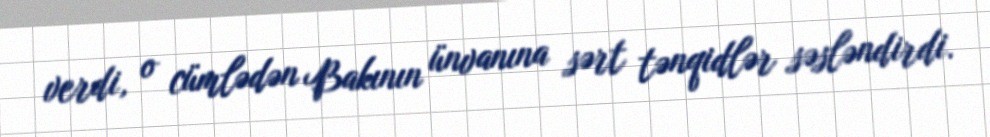
verdi, o cümlədən Bakının ünvanına sərt tənqidlər səsləndirdi.